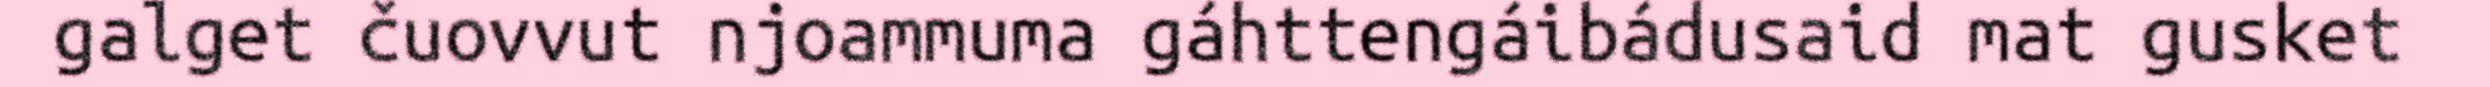
galget čuovvut njoammuma gáhttengáibádusaid mat gusket